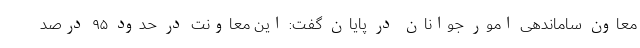
معاون ساماندهی امور جوانان در پایان گفت: این معاونت در حدود ۹۵ درصد